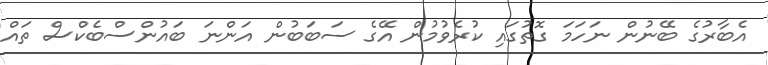
އެބާރުގެ ބޭނުން ނަހަމަ ގޮތުގައި ކުރެވުމުން އޭގެ ސަބަބުން އަންނަ ބައުންސްބެކްސް ތައް